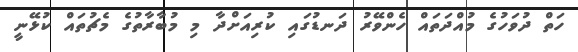
ހަތް ދުވަހުގެ މުއްދަތައް ހެންވޭރު ދަނޑުގައި ކުރިއަށްދާ މި މުބާރާތުގެ މެޗުތައް ކުޅޭނީ